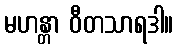
မဟန္တာ ဝီတသာရဒါ။